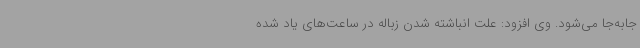
جابه‌جا می‌شود. وی افزود: علت انباشته شدن زباله در ساعت‌های یاد شده